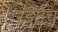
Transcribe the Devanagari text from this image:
रडतेच